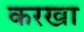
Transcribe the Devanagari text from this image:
करखा